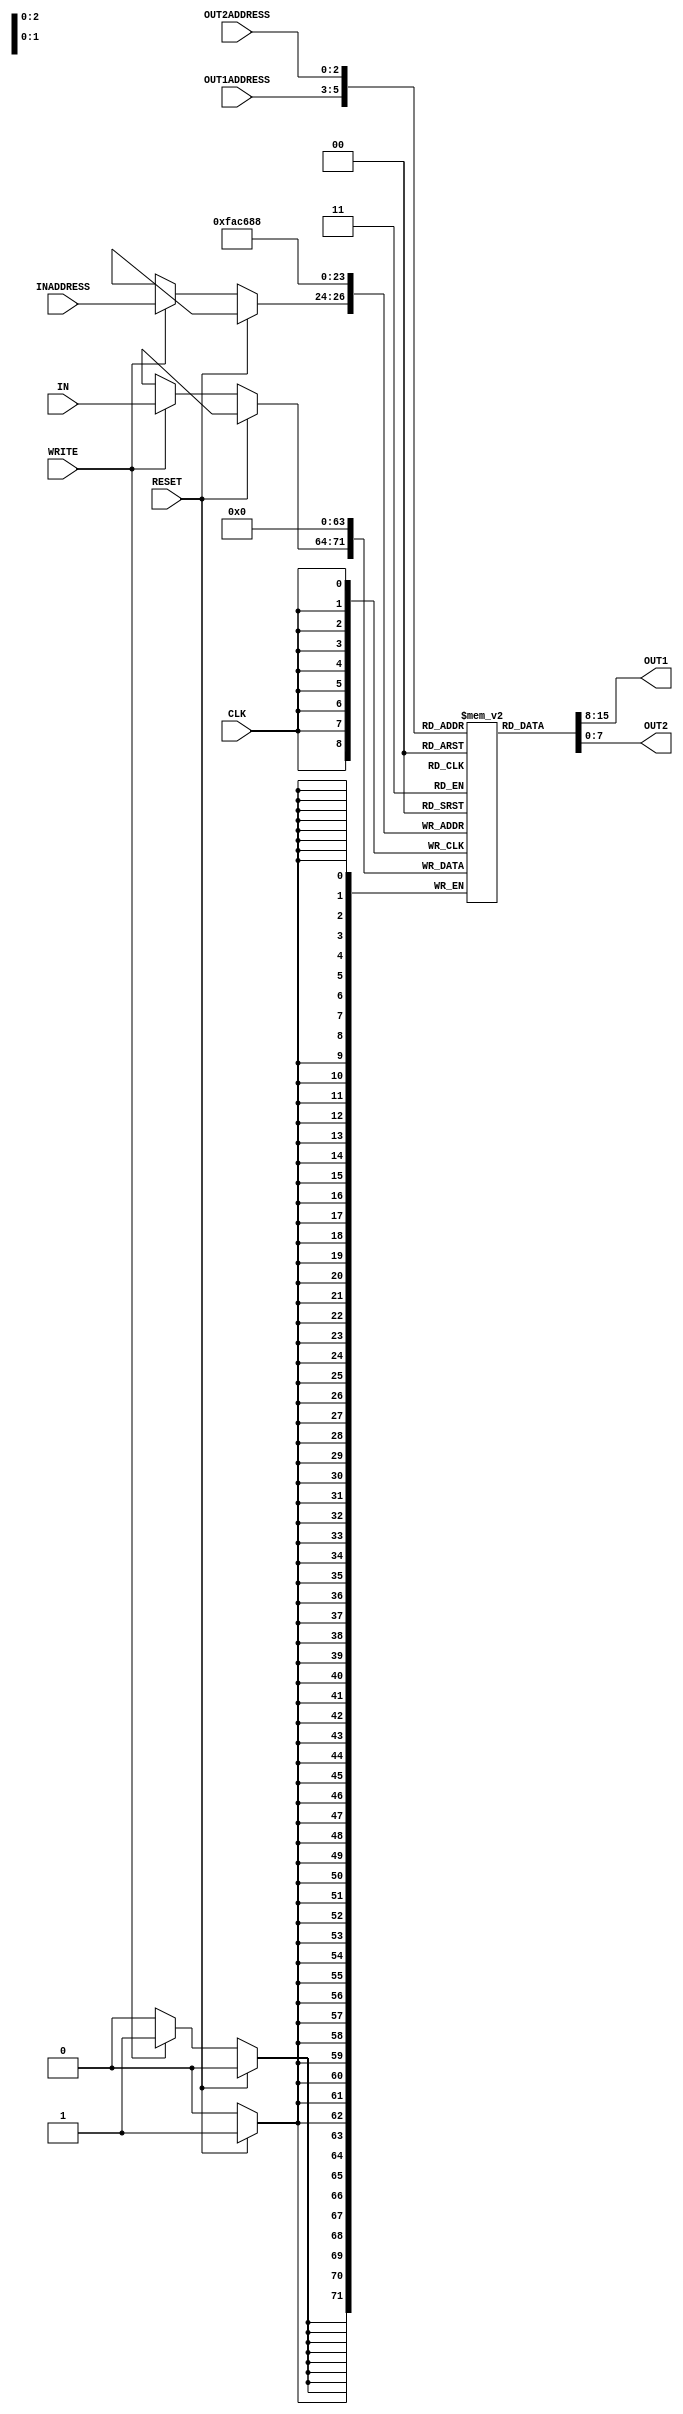
module reg_file(IN, OUT1, OUT2, INADDRESS, OUT1ADDRESS, OUT2ADDRESS, WRITE, CLK, RESET);
    input [7:0] IN;                                     //data input port
    input [2:0] INADDRESS, OUT1ADDRESS, OUT2ADDRESS;    //3 bits address ports
    input CLK, RESET, WRITE;                            //for specific tasks
    output [7:0] OUT1, OUT2;                            //8 bits output ports

    reg [7:0]  register [7:0];                          //an array of 8 registers each of 8 bit

    wire [7:0] reg0;
    wire [7:0] reg1;
    wire [7:0] reg2;
    wire [7:0] reg3;
    wire [7:0] reg4;
    wire [7:0] reg5;
    wire [7:0] reg6;
    wire [7:0] reg7;
    wire [7:0] reg8;

    assign reg0 =register[0];
    assign reg1 =register[1];
    assign reg2 =register[2];
    assign reg3 =register[3];
    assign reg4 =register[4];
    assign reg5 =register[5];
    assign reg6 =register[6];
    assign reg7 =register[7]; // using to find what in register in gtkwave
    

    // parallel data outputs
    /*retrieve output values from registorfile*/
    assign #2 OUT1 = register[OUT1ADDRESS];             //retrived OUT1ADDRESS register data 
    assign #2 OUT2 = register[OUT2ADDRESS];             //retrived OUT2ADDRESS register data 
                                                        //add artificial delays

    always @(posedge CLK) begin                         //The always block is triggered at the positive edge of clock

    //#1                                                //add artificial delays
        if (RESET) begin 
            #1
                                                      //when RESET is set high All register should be cleared in reset event
            register[0] <= 8'b00000000;
            register[1] <= 8'b00000000;
            register[2] <= 8'b00000000;
            register[3] <= 8'b00000000;
            register[4] <= 8'b00000000;
            register[5] <= 8'b00000000;
            register[6] <= 8'b00000000;
            register[7] <= 8'b00000000;
        end  

        else begin 
            #0.1//writing to reg file is done synchronously 
            if(WRITE) begin                     //WRITE is set high
                #0.9 register[INADDRESS] <= IN; //Store the data input with INADDRESS providing the register number to store that data in.1 time unit delay for writing operation               //written to the input register specified by the INADDRESS
            end
        end
   end

endmodule